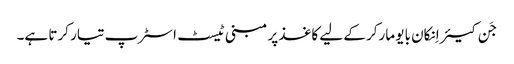
جَن کیئر اِنکان بایو مارکر کے لیے کاغذ پر مبنی ٹیسٹ اسٹرپ تیار کرتا ہے۔